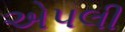
એપલી